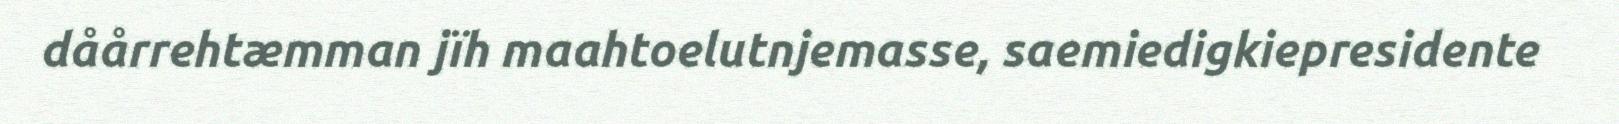
dåårrehtæmman jïh maahtoelutnjemasse, saemiedigkiepresidente